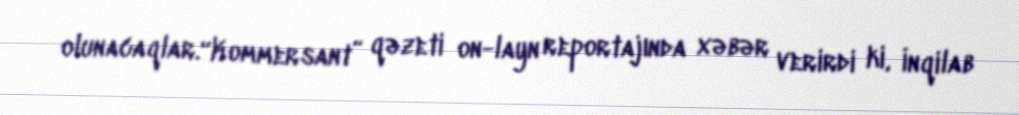
olunacaqlar.“Kommersant” qəzeti on-layn reportajında xəbər verirdi ki, İnqilab